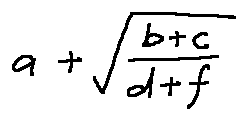
a + \sqrt { \frac { b + c } { d + f } }